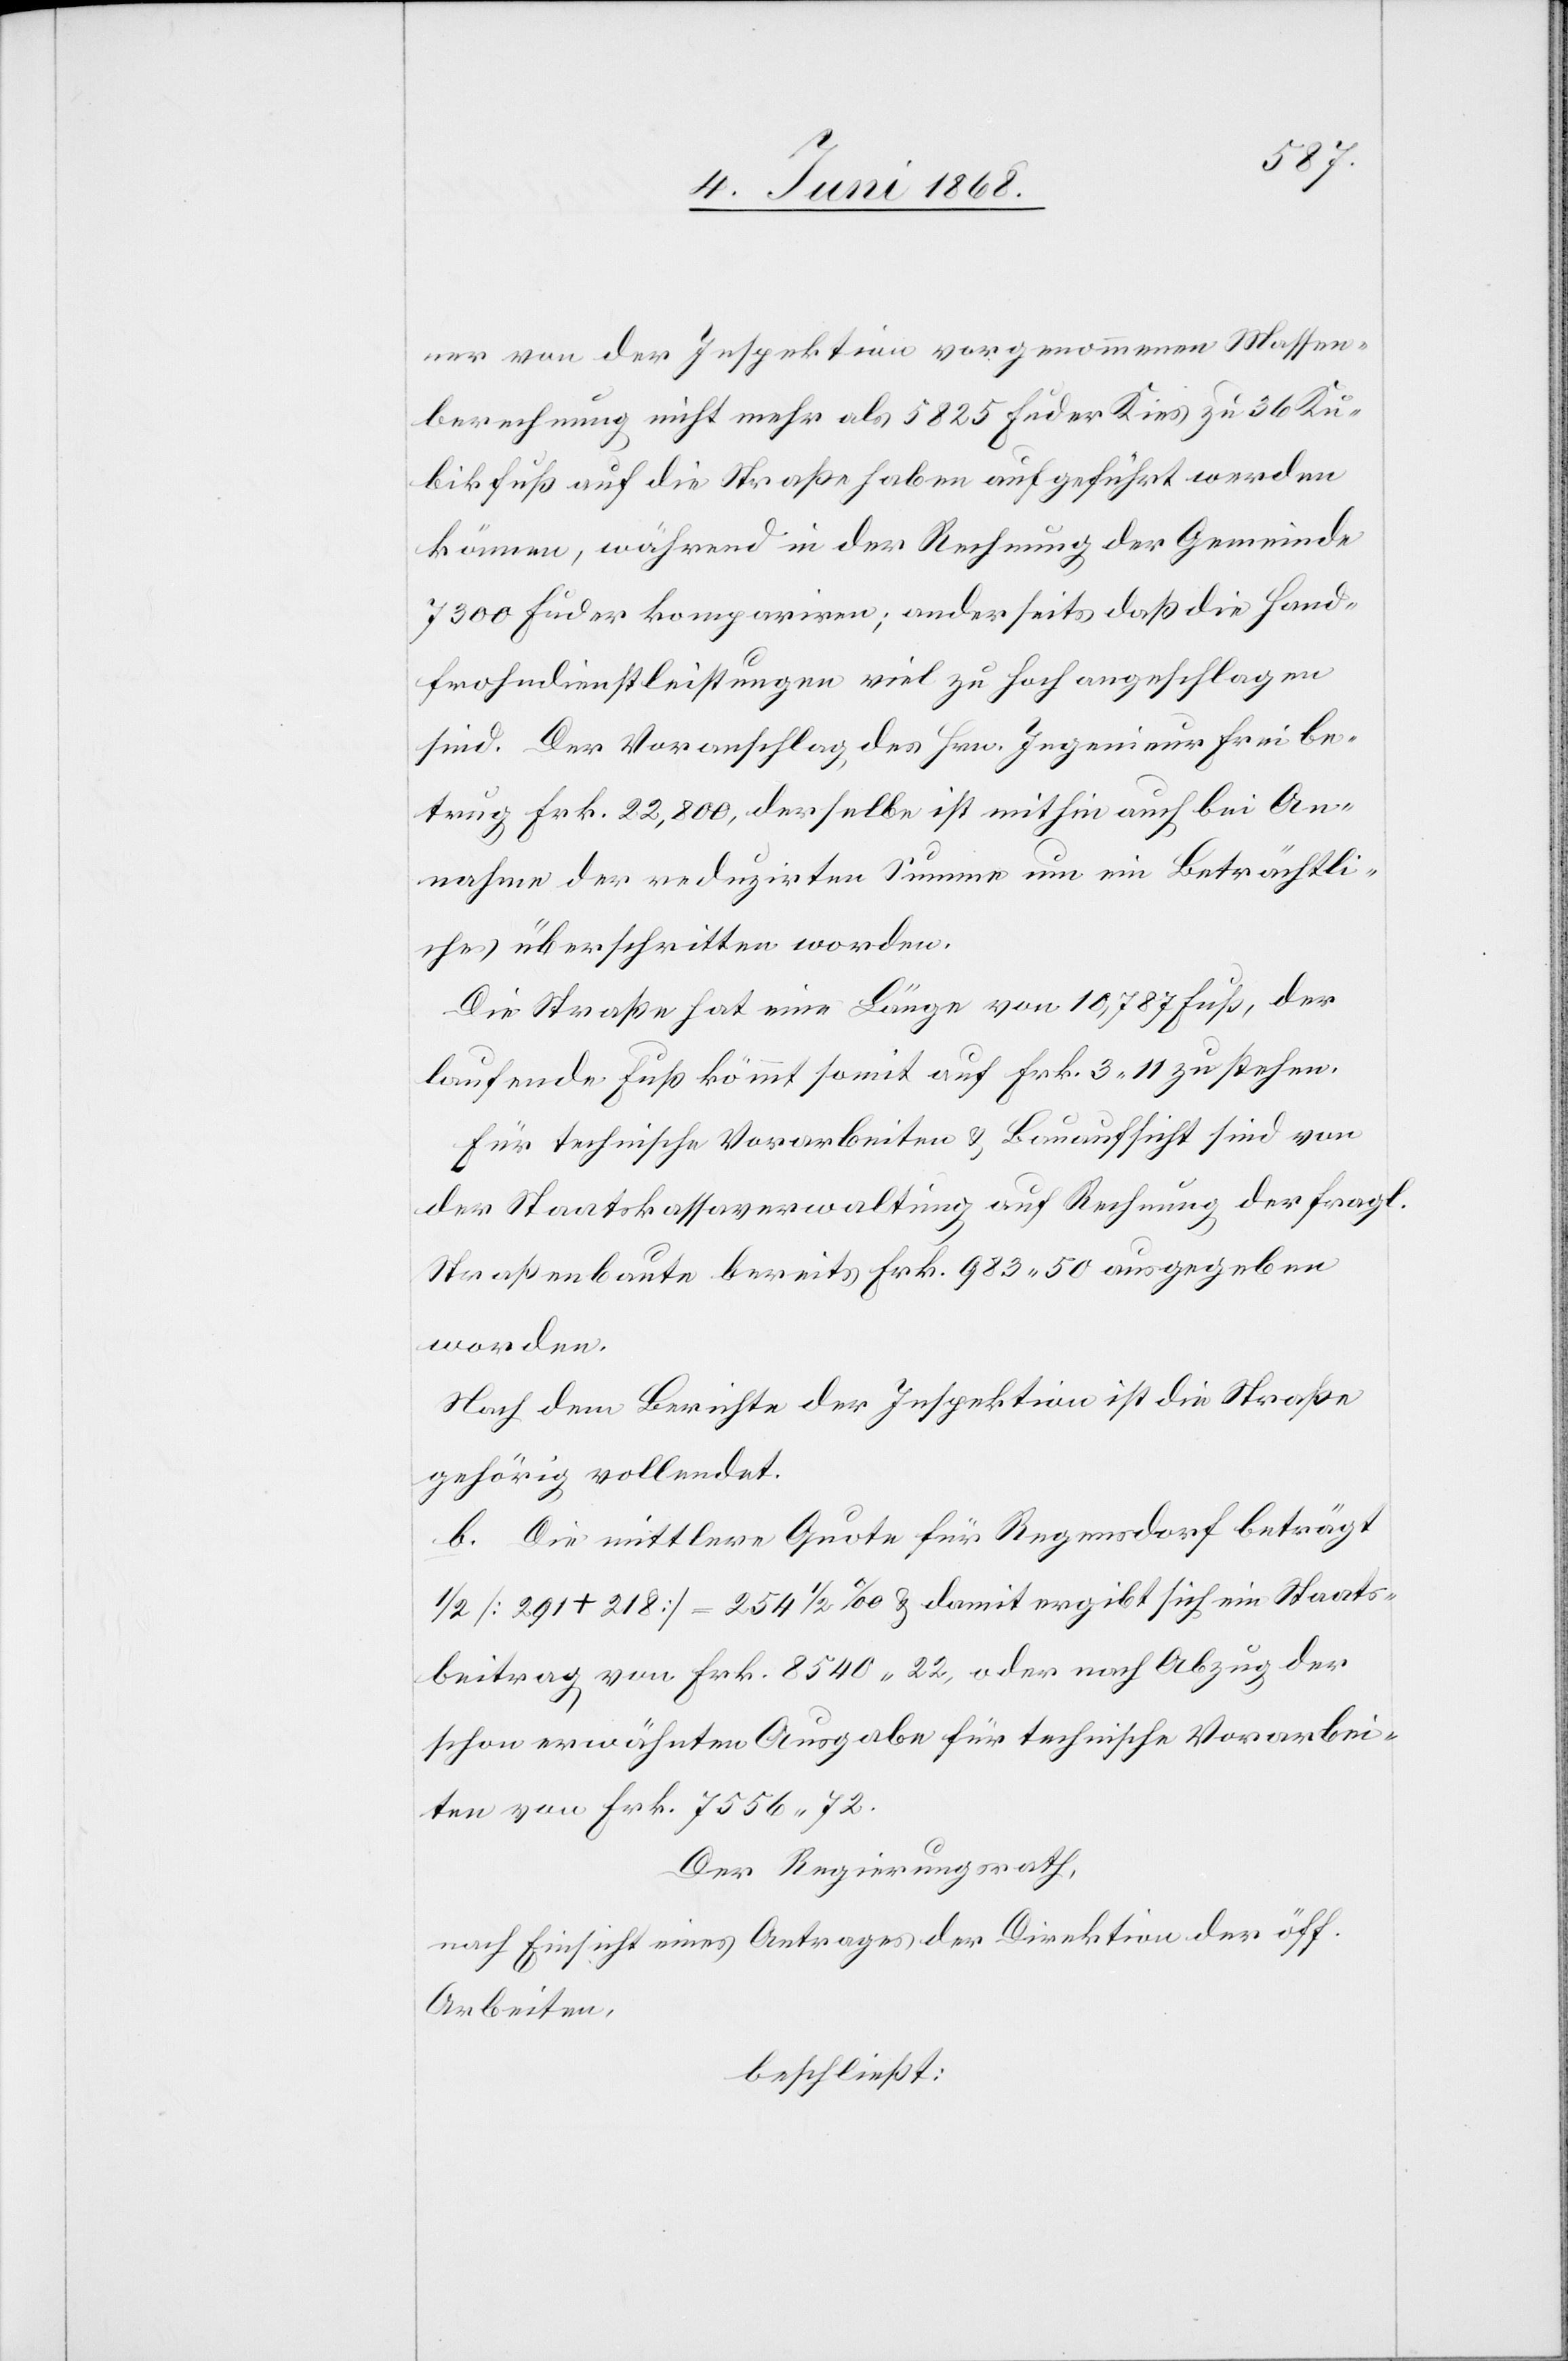
ner von der Inspektion vorgenommenen Massen¬
berechnung nicht mehr als 5825 Fuder Kies zu 36 Ku¬
bikfuß auf die Straße haben aufgeführt werden
können, während in der Rechnung der Gemeinde
7300 Fuder kompariren; anderseits daß die Hand¬
frohndienstleistungen viel zu hoch angeschlagen
sind. Der Voranschlag des Hrn. Ingenieur Frei be¬
trug Frk. 22,800, derselbe ist mithin auch bei An¬
nahme der reduzirten Summe um ein Beträchtli¬
ches überschritten worden.
Die Straße hat eine Länge von 10,787 Fuß, der
laufende Fuß kömmt somit auf Frk. 3 11 zu stehen.
Für technische Vorarbeiten & Bauaufsicht sind von
der Staatskassaverwaltung auf Rechnung der fragl.
Straßenbaute bereits Frk. 983 50 ausgegeben
worden.
Nach dem Berichte der Inspektion ist die Straße
gehörig vollendet.
b. Die mittlere Quote für Regensdorf beträgt
1/2 [291 + 218] = 254 1/2‰ & damit ergibt sich ein Staats¬
beitrag von Frk. 8540 22, oder nach Abzug der
schon erwähnten Ausgabe für technische Vorarbei¬
ten von Frk. 7556 72.
Der Regierungsrath,
nach Einsicht eines Antrages der Direktion der öff.
Arbeiten,
beschließt: